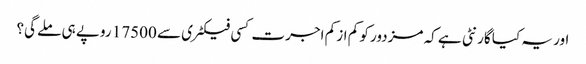
اور یہ کیا گارنٹی ہے کہ مزدور کو کم از کم اجرت کسی فیکٹری سے 17500 روپے ہی ملے گی؟